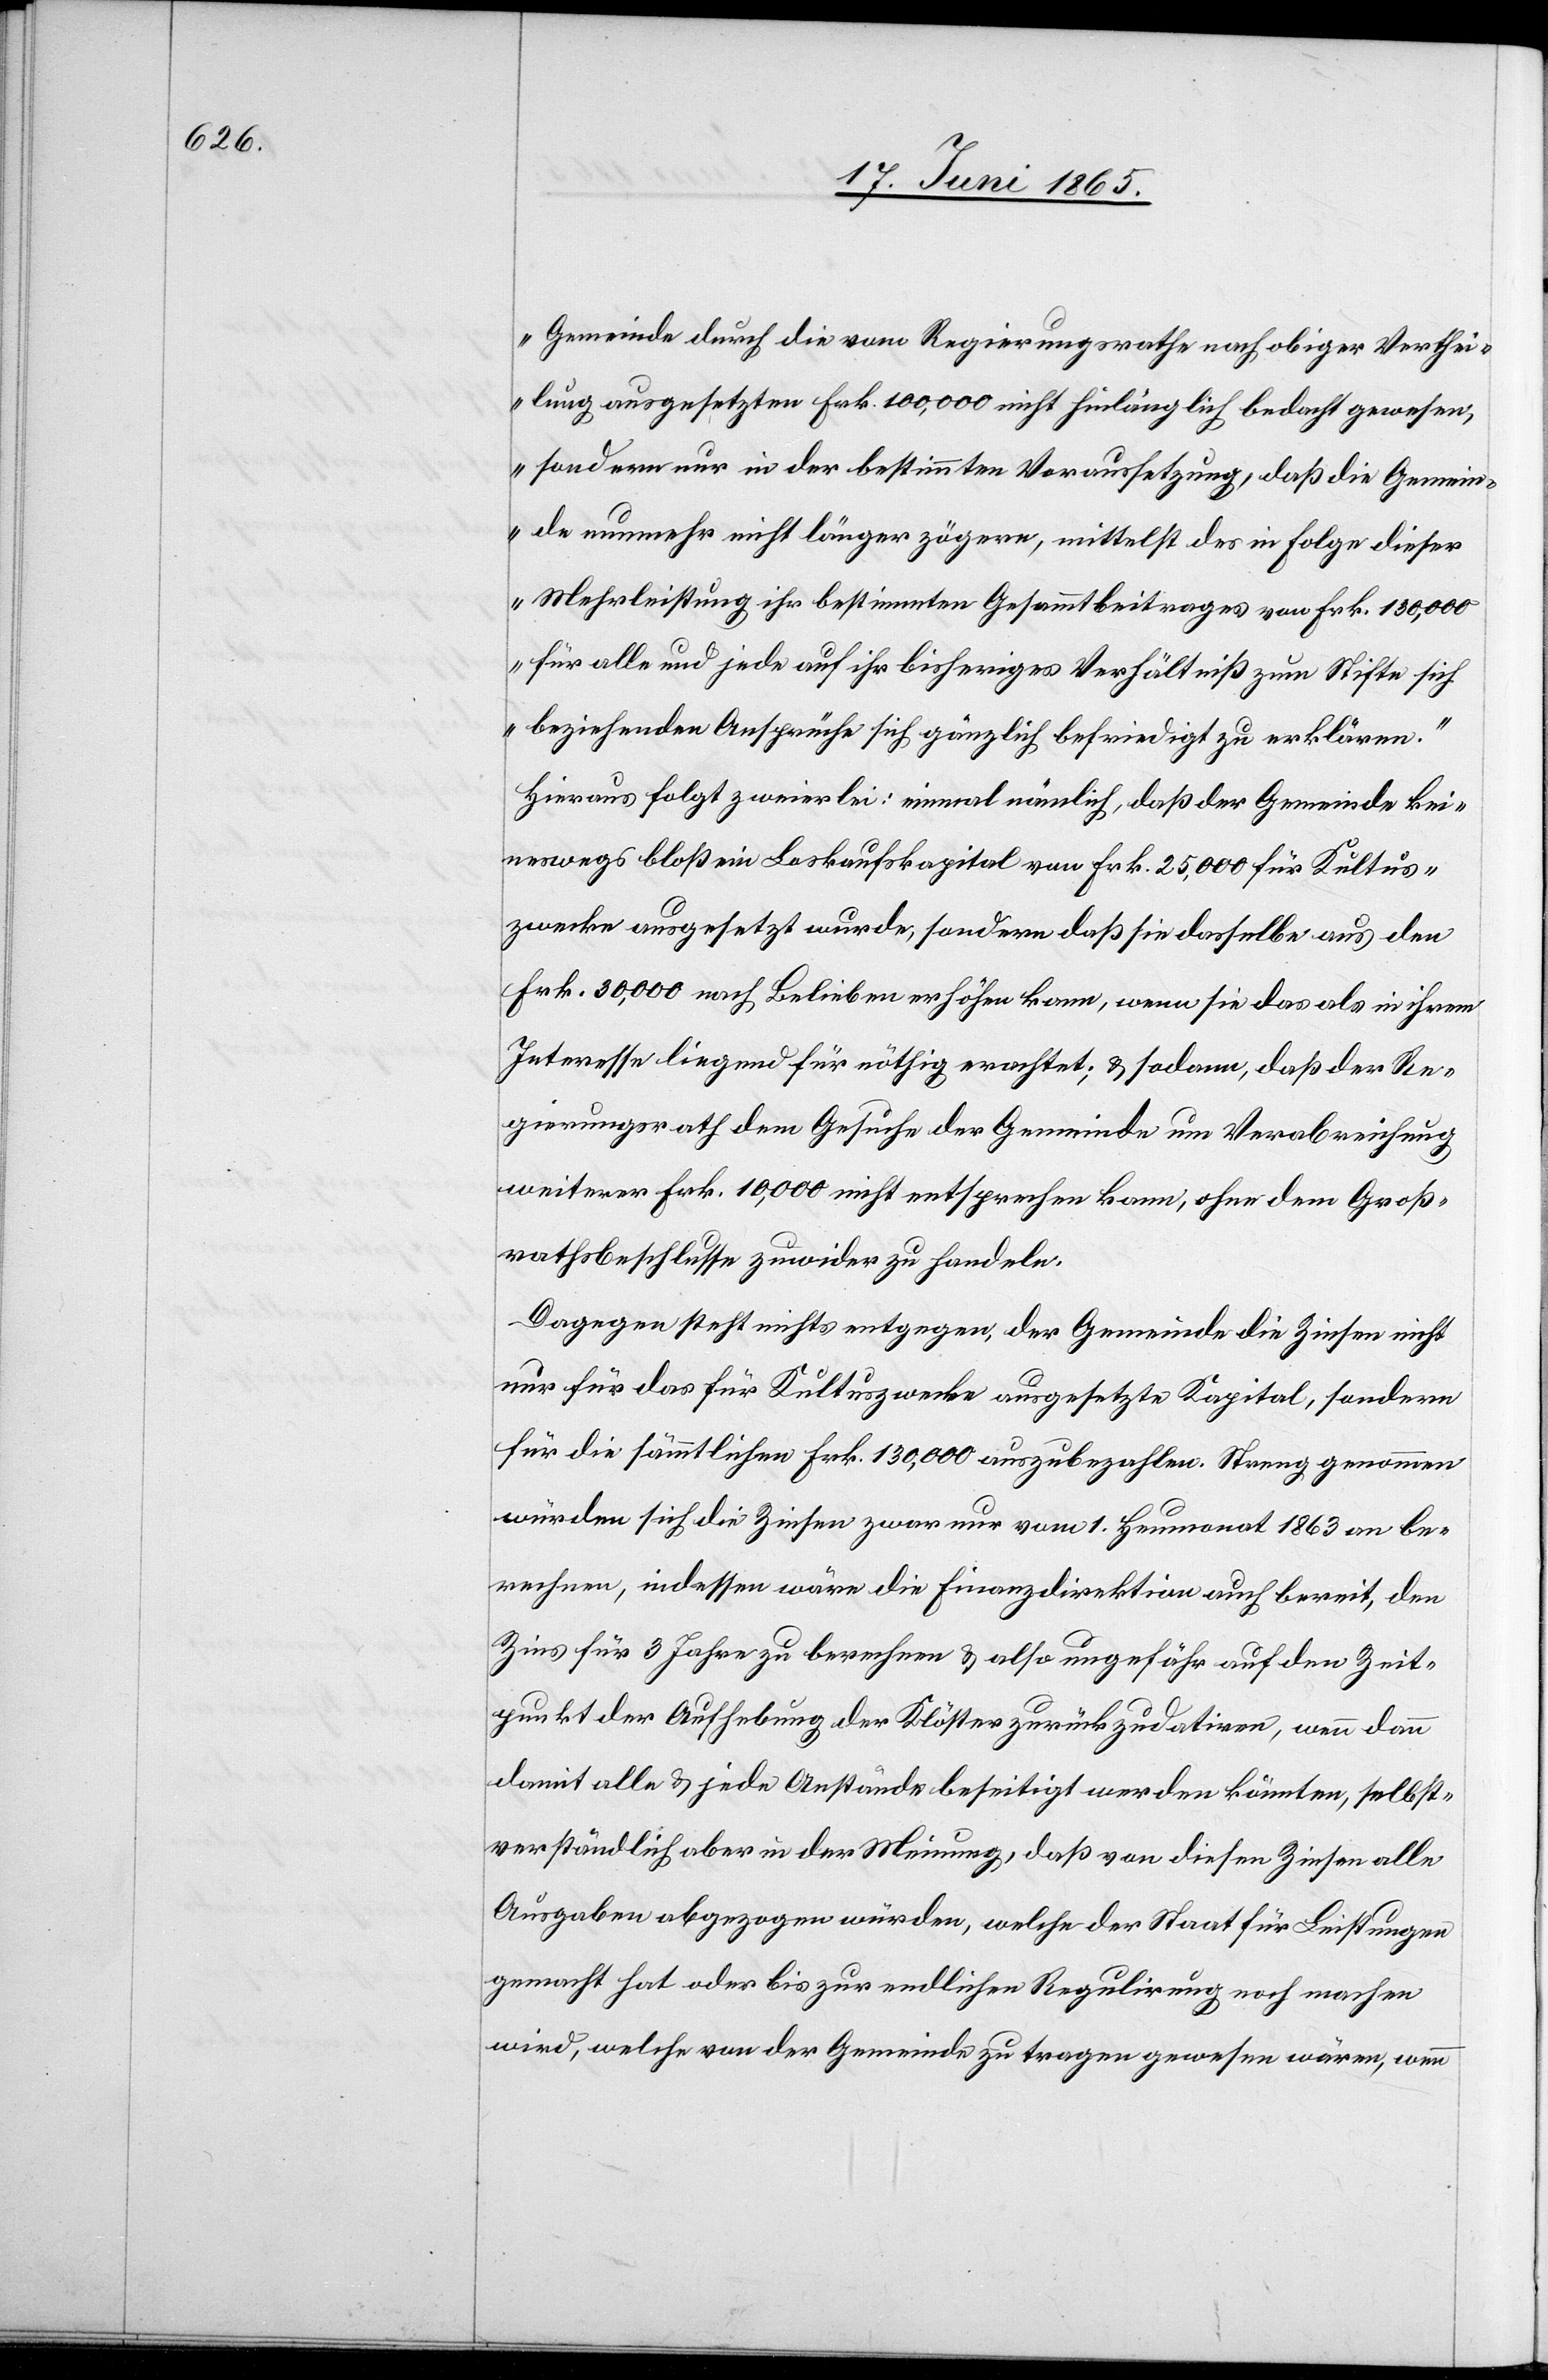
Gemeinde durch die vom Regierungsrathe nach obiger Verthei¬
lung ausgesetzten Frk. 100,000 nicht hinlänglich bedacht gewesen,
sondern nur in der bestimmten Voraussetzung, daß die Gemein¬
de nunmehr nicht länger zögere, mittelst des in Folge dieser
Mehrleistung ihr bestimmten Gesammtbeitrages von Frk. 130,000
für alle und jede auf ihr bisheriges Verhältniß zum Stifte sich
beziehenden Ansprüche sich gänzlich befriedigt zu erklären.“
Hieraus folgt zweierlei: einmal nämlich, daß der Gemeinde kei¬
neswegs bloß ein Loskaufskapital von Frk. 25,000 für Kultus¬
zwecke ausgesetzt wurde, sondern daß sie dasselbe aus den
Frk. 30,000 nach Belieben erhöhen kann, wenn sie das als in ihrem
Interesse liegend für nöthig erachtet; & sodann, daß der Re¬
gierungsrath dem Gesuche der Gemeinde um Verabreichung
weiterer Frk. 10,000 nicht entsprechen kann, ohne dem Groß¬
rathsbeschlusse zuwider zu handeln.
Dagegen steht nichts entgegen, der Gemeinde die Zinsen nicht
nur für das für Kultuszwecke ausgesetzte Kapital, sondern
für die sämmtlichen Frk. 130,000 auszubezahlen. Streng genommen
würden sich die Zinsen zwar nur vom 1. Heumonat 1863 an be¬
rechnen, indessen wäre die Finanzdirektion auch bereit, den
Zins für 3 Jahre berechnen & also ungefähr auf den Zeit¬
punkt der Aufhebung der Klöster zurückzudatiren, wenn dann
damit alle & jede Anstände beseitigt werden könnten, selbst¬
verständlich aber in der Meinung, daß von diesen Zinsen alle
Ausgaben abgezogen würden, welche der Staat für Leistungen
gemacht hat oder bis zur endlichen Regulirung noch machen
wird, welche von der Gemeinde zu tragen gewesen wären, wenn